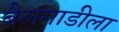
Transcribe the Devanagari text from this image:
बैलगाडीला